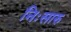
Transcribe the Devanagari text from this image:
निःसारु